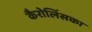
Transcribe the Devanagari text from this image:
कैरोलिंसका